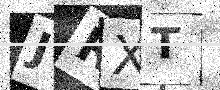
Text: JRXT